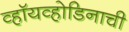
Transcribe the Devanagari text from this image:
व्हॉयव्होडिनाची